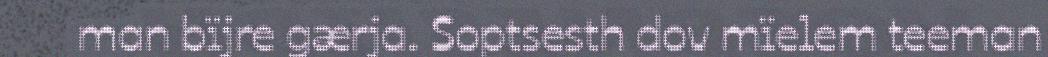
man bïjre gærja. Soptsesth dov mïelem teeman